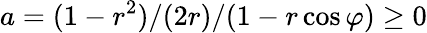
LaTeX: a=(1-r^{2})/(2r)/(1-r\cos\varphi)\geq 0